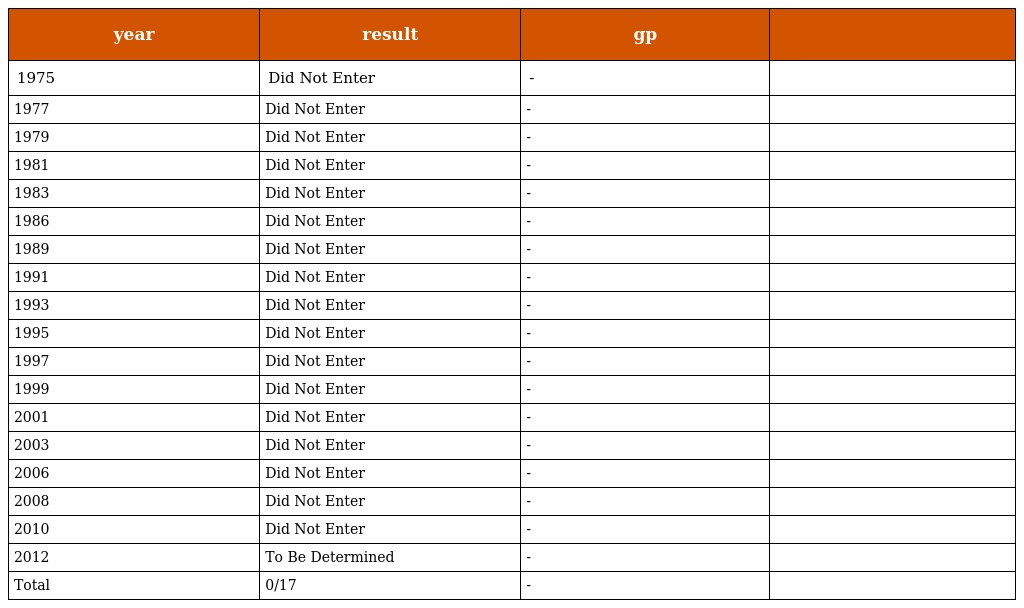
| year | result | gp |  |
 | --- | --- | --- | --- |
 | 1975 | Did Not Enter | - |  |
 | 1977 | Did Not Enter | - |  |
 | 1979 | Did Not Enter | - |  |
 | 1981 | Did Not Enter | - |  |
 | 1983 | Did Not Enter | - |  |
 | 1986 | Did Not Enter | - |  |
 | 1989 | Did Not Enter | - |  |
 | 1991 | Did Not Enter | - |  |
 | 1993 | Did Not Enter | - |  |
 | 1995 | Did Not Enter | - |  |
 | 1997 | Did Not Enter | - |  |
 | 1999 | Did Not Enter | - |  |
 | 2001 | Did Not Enter | - |  |
 | 2003 | Did Not Enter | - |  |
 | 2006 | Did Not Enter | - |  |
 | 2008 | Did Not Enter | - |  |
 | 2010 | Did Not Enter | - |  |
 | 2012 | To Be Determined | - |  |
 | Total | 0/17 | - |  |